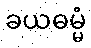
ခယဓမ္မံ